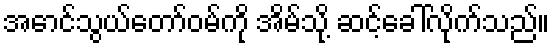
အောင်သွယ်တော်ဝမ်ကို အိမ်သို့ ဆင့်ခေါ်လိုက်သည်။